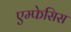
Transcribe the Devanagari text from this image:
एम्फेसिस